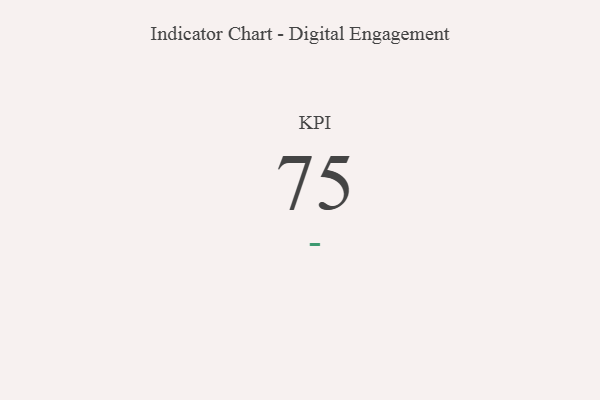
{"axis": {"x": "KPI", "y": "Value"}, "legend": [""], "data": [{"x": "KPI", "y": 75, "type": ""}]}